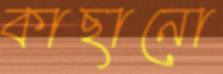
কাছানো